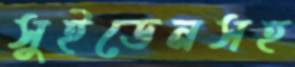
সুইডেনসহ